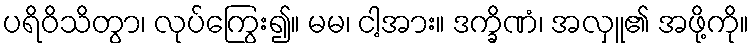
ပရိဝိသိတွာ၊ လုပ်ကြွေး၍။ မမ၊ ငါ့အား။ ဒက္ခိဏံ၊ အလှူ၏ အဖို့ကို။